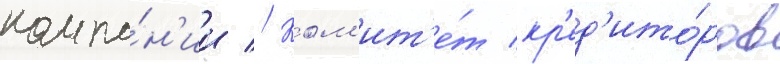
компа́н'ии // Ком'ит'е́т кр'ед'ито́ров